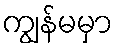
ကျွန်မမှာ